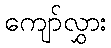
ကျော်လွှား